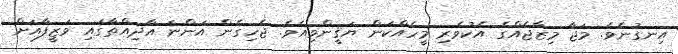
އިނގުނެވެ. މަޖާ މިޒާޖެއްގެ އެކުވެރި މީހެއްކަން ޔަޤީންވިއެވެ. ޖެހިގެން އަންނަ އާދިއްތާގައި ވަޒީފާއަށް